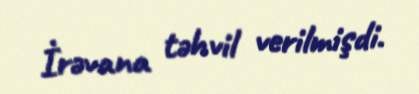
İrəvana təhvil verilmişdi.